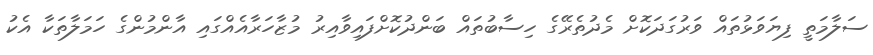
ސަލާމަތީ ފިޔަވަޅުތައް ވަރުގަދަކޮށް މެދުތެރޭގެ ހިސާބުތައް ބަންދުކޮށްފައިވާއިރު މުޒާހަރާއެއްގައި އާންމުންގެ ހަމަލާތަކާ އެކު